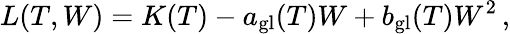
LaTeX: L(T,W)=K(T)-a_{\mathrm{gl}}(T)W+b_{\mathrm{gl}}(T)W^{2}\, ,